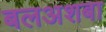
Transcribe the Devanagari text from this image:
बलअशबा